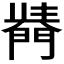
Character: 𨵣